Civil Veterinary Dept. Bombay admin report 1893-99 - 1893-1899
Year: 1893
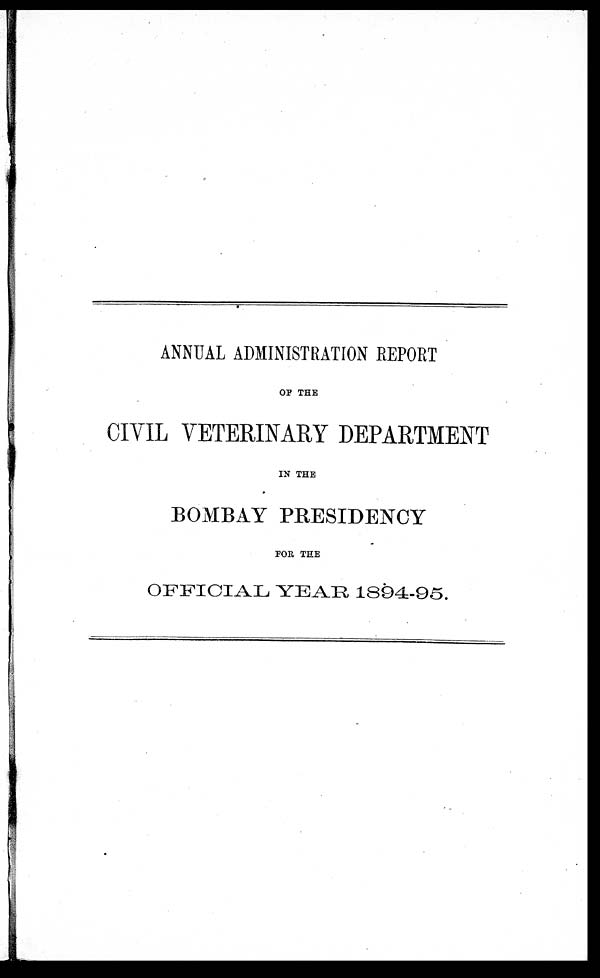
ANNUAL ADMINISTRATION REPORT
OF THE
CIVIL VETERINARY DEPARTMENT
IN THE
BOMBAY PRESIDENCY
FOR THE
OFFICIAL YEAR 1894-95.